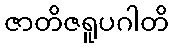
ဇာတိဇရူပဂါတိ